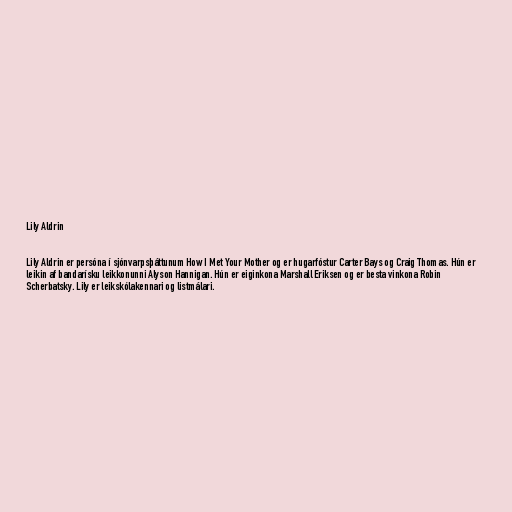
Lily Aldrin

Lily Aldrin er persóna í sjónvarpsþáttunum How I Met Your Mother og er hugarfóstur Carter Bays og Craig Thomas. Hún er
leikin af bandarísku leikkonunni Alyson Hannigan. Hún er eiginkona Marshall Eriksen og er besta vinkona Robin
Scherbatsky. Lily er leikskólakennari og listmálari.